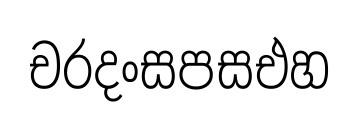
චරදංසපසඑහ